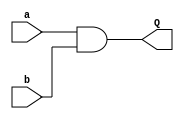
module andgate(a, b, Q);
input a, b;
output Q;

assign Q = a & b;

endmodule